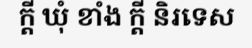
ក្តី ឃុំ ខាំង ក្តី និរទេស